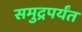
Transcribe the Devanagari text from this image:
समुद्रपर्यंत